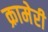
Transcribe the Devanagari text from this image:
क्रामेरी